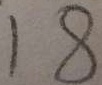
1 8